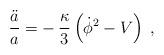
LaTeX: \begin{align*}\frac{\ddot{a}}{a}= - \, \frac{\kappa}{3} \left( {\dot{\phi}}^2 -V\right) \; ,\end{align*}